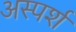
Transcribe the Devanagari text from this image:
अस्पर्श